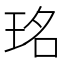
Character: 𤥁